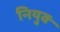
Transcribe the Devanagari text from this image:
नियुक्‍